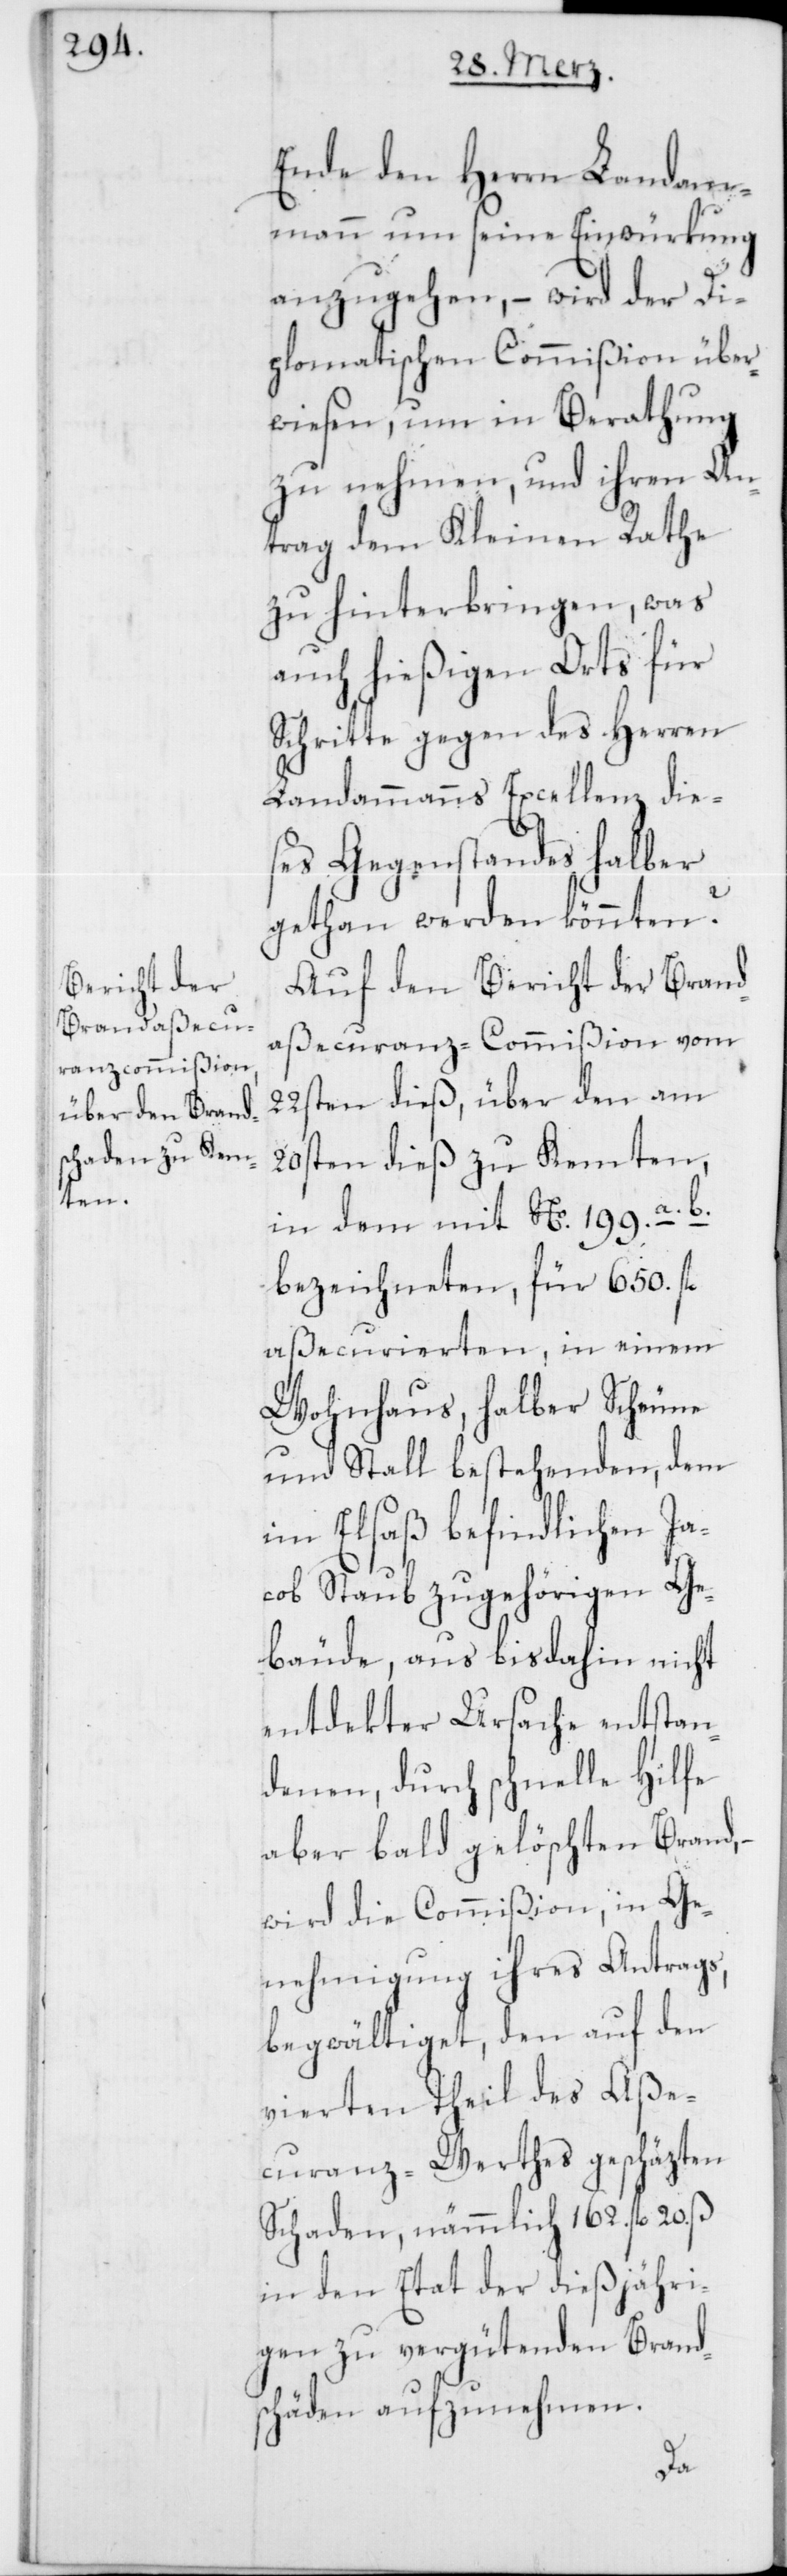
Ende den Herren Landam¬
mann um seine Einwürkung
anzugehen, – wird der Di¬
plomatischen Commißion über¬
wiesen, um in Berathung
zu nehmen, und ihren An¬
trag dem Kleinen Rathe
zu hinterbringen, was
auch hießigen Orts für
Schritte gegen des Herren
Landammanns Excellenz die¬
ses Gegenstandes halber
gethan werden könnten?
Auf den Bericht der Brand¬
aßecuranz-Commißion vom
22sten dieß, über den am
29sten dieß zu Kemten,
in dem mit No. 199. a.
bezeichneten, für 650. fl.
aßecurierten, in einem
Wohnhaus, halber Scheune
und Stall bestehenden, dem
im Elsaß befindlichen Ja¬
cob Staub zugehörigen Ge¬
bäude, aus bis dahin nicht
entdekter Ursache entstan¬
denen, durch schnelle Hilfe
aber bald gelöschten Brand,
wird die Commißion, in Ge¬
nehmigung ihres Antrags,
begwältiget, den auf den
vierten Theil des Aße¬
curanz-Werthes geschäzten
Schaden, nämmlich 162. fl. 20. ß
in den Etat der dießjähri¬
gen zu vergütenden Brand¬
schäden aufzunehmen.